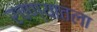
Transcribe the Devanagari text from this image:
रचण्यातला